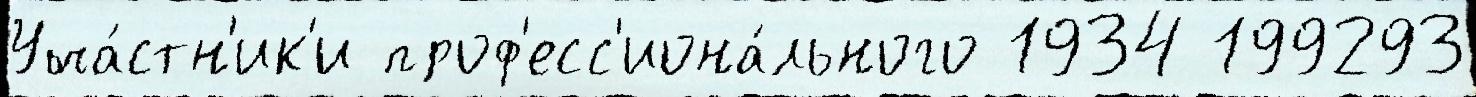
Уча́стн'ик'и проф'есс'иона́льного 1934 199293